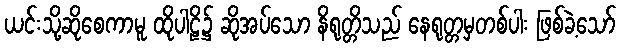
ယင်းသို့ဆိုစေကာမူ ထိုပါဠိ၌ ဆိုအပ်သော နိရုတ္တိသည် နေရုတ္တမှတစ်ပါး ဖြစ်ခဲ့သော်